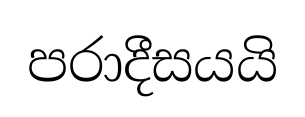
පරාදීසයයි